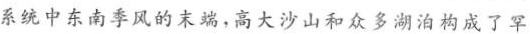
系统中东南季风的末端，高大沙山和众多湖泊构成了罕